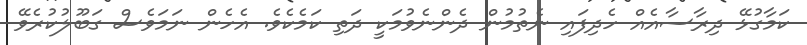
ކަމާގުޅޭ ދިރާސާއެއް ހެދިފައި ނެތުމުން ދެންނެވުމަކީ ދަތި ކަމެކެވެ. އެހެން ނަމަވެސް ގަބޫލުކުރެވޭ